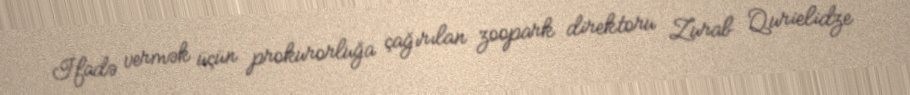
İfadə vermək üçün prokurorluğa çağırılan zoopark direktoru Zurab Qurielidze